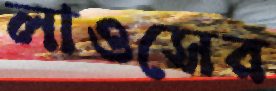
লাওসের